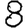
Digit: 8